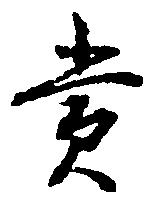
賞